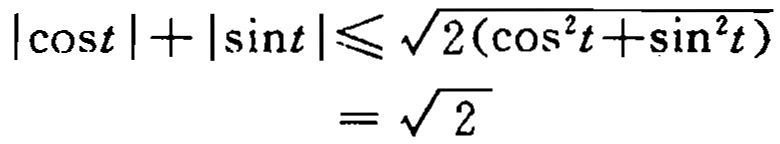
\[\begin{align*}
|\cos t|+|\sin t|&\leqslant \sqrt{2(\cos^{2}t + \sin^{2}t)}\\
&=\sqrt{2}
\end{align*}\]